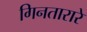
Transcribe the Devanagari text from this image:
गिनतारारे